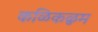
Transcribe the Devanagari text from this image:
कळिकळुम